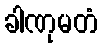
ခါဏုမတံ